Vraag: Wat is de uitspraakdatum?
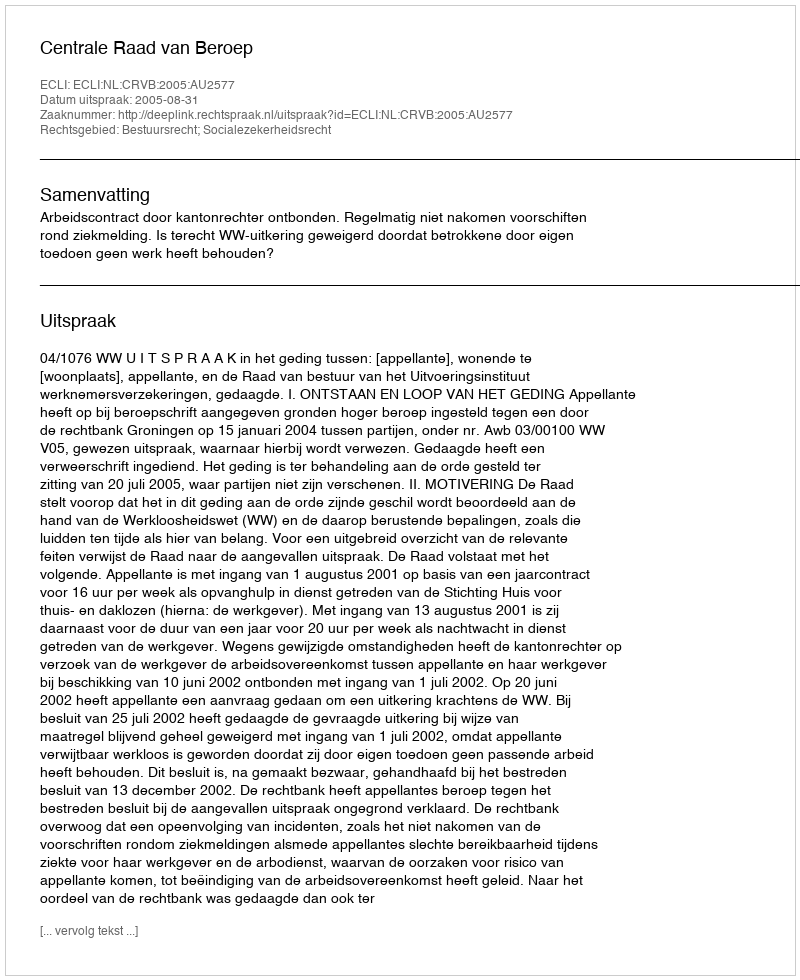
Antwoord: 2005-08-31